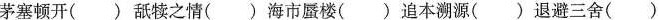
茅塞顿开() 舐犊之情() 海市蜃楼() 追本溯源() 退避三舍()